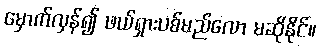
မှောက်လှန်၍ ဖယ်ရှားပစ်မည်လော မဆိုနိုင်။